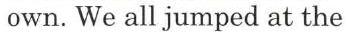
own. We all jumped at the